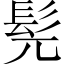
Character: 髡